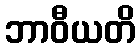
ဘာဝီယတိ